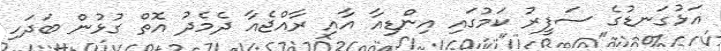
އަޅުގަނޑުގެ ސަފީރު ކަމުގައި އިންޑިއާ އާއި ރާއްޖެއާ ދެމެދު އޮތް ގުޅުން ބަދަހި